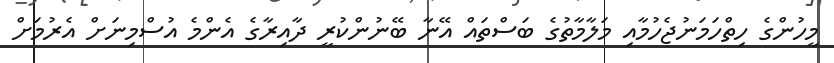
މީހުންގެ ހިތްހަމަނުޖެހުމާއި މަލާމާތުގެ ބަސްތައް އޭނާ ބޭނުންކުރީ ދާއިރާގެ އެންމެ އުސްމިނަށް އެރުމަށް